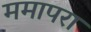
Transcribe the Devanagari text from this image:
ममापरा